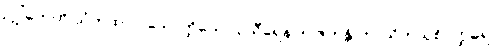
ဥဂ္ဃါတေတိ သံကထာဝ သောတ္ထိယော ဥသီရေန ဒုပ္ပဇဟန္တိ ကာသိကသုစိဝတ္ထဓရာ